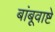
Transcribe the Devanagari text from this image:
बांबूवाष्टे